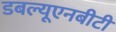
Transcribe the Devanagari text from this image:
डबल्यूएनबीटी